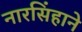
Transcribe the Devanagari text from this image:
नारसिंहाने